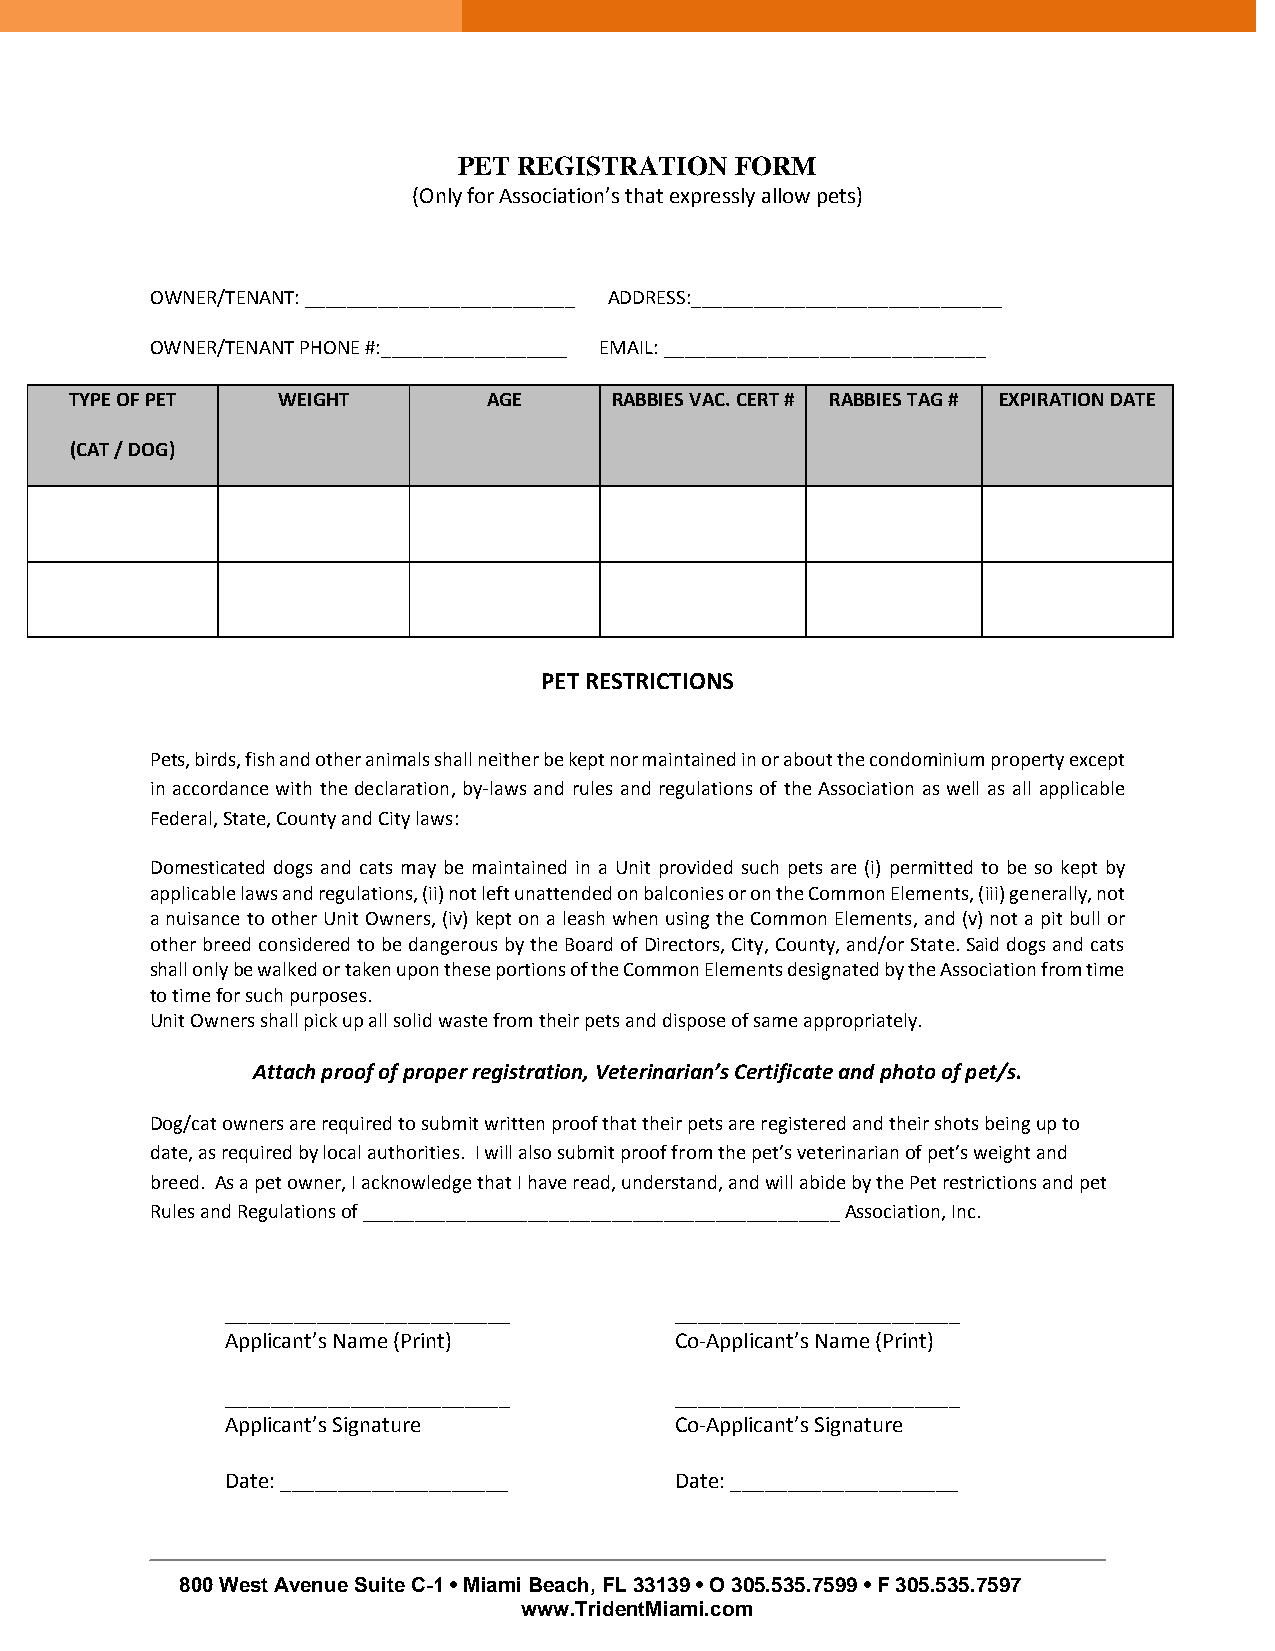
PET REGISTRATION   FORM
 (Only for Association’s that expressly allow pets)
 OWNER/TENANT: __________________________ ADDRESS:______________________________
 OWNER/TENANT PHONE #:__________________ EMAIL: _______________________________
 TYPE OF PET  WEIGHT        AGE      RABBIES VAC. CERT # RABBIES TAG # EXPIRATION DATE
 (CAT / DOG)
 PET RESTRICTIONS
 Pets, birds, fish and other animals shall neither be kept nor maintained in or about the condominium property except
 in accordance with the declaration, by-laws and rules and regulations of the Association as well as all applicable
 Federal, State, County and City laws:
 Domesticated dogs and cats may be maintained in a Unit provided such pets are (i) permitted to be so kept by
 applicable laws and regulations, (ii) not left unattended on balconies or on the Common Elements, (iii) generally, not
 a nuisance to other Unit Owners, (iv) kept on a leash when using the Common Elements, and (v) not a pit bull or
 other breed considered to be dangerous by the Board of Directors, City, County, and/or State. Said dogs and cats
 shall only be walked or taken upon these portions of the Common Elements designated by the Association from time
 to time for such purposes.
 Unit Owners shall pick up all solid waste from their pets and dispose of same appropriately.
 Attach proof of proper registration, Veterinarian’s Certificate and photo of pet/s.
 Dog/cat owners are required to submit written proof that their pets are registered and their shots being up to
 date, as required by local authorities. I will also submit proof from the pet’s veterinarian of pet’s weight and
 breed. As a pet owner, I acknowledge that I have read, understand, and will abide by the Pet restrictions and pet
 Rules and Regulations of ______________________________________________ Association, Inc.
 _________________________     _________________________
 Applicant’s Name (Print)      Co-Applicant’s Name (Print)
 _________________________     _________________________
 Applicant’s Signature         Co-Applicant’s Signature
 Date: ____________________    Date: ____________________
 800 West Avenue Suite C-1 • Miami Beach, FL 33139 • O 305.535.7599 • F 305.535.7597
 www.TridentMiami.com